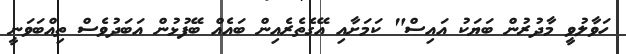
ހަވާލުވީ މާދުރުން ބަޔަކު އައިސް" ކަމަށާއި އޭގެތެރެއިން ބައެއް ބޭފުޅުން އަބަދުވެސް ތިއްބަވަނީ